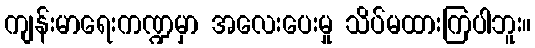
ကျန်းမာရေးကဏ္ဍမှာ အလေးပေးမှု သိပ်မထားကြပါဘူး။